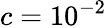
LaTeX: c=10^{-2}